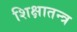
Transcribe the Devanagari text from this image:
शिक्षातन्त्र